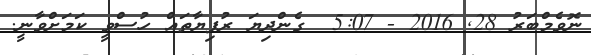
ނޮވެމްބަރު 28